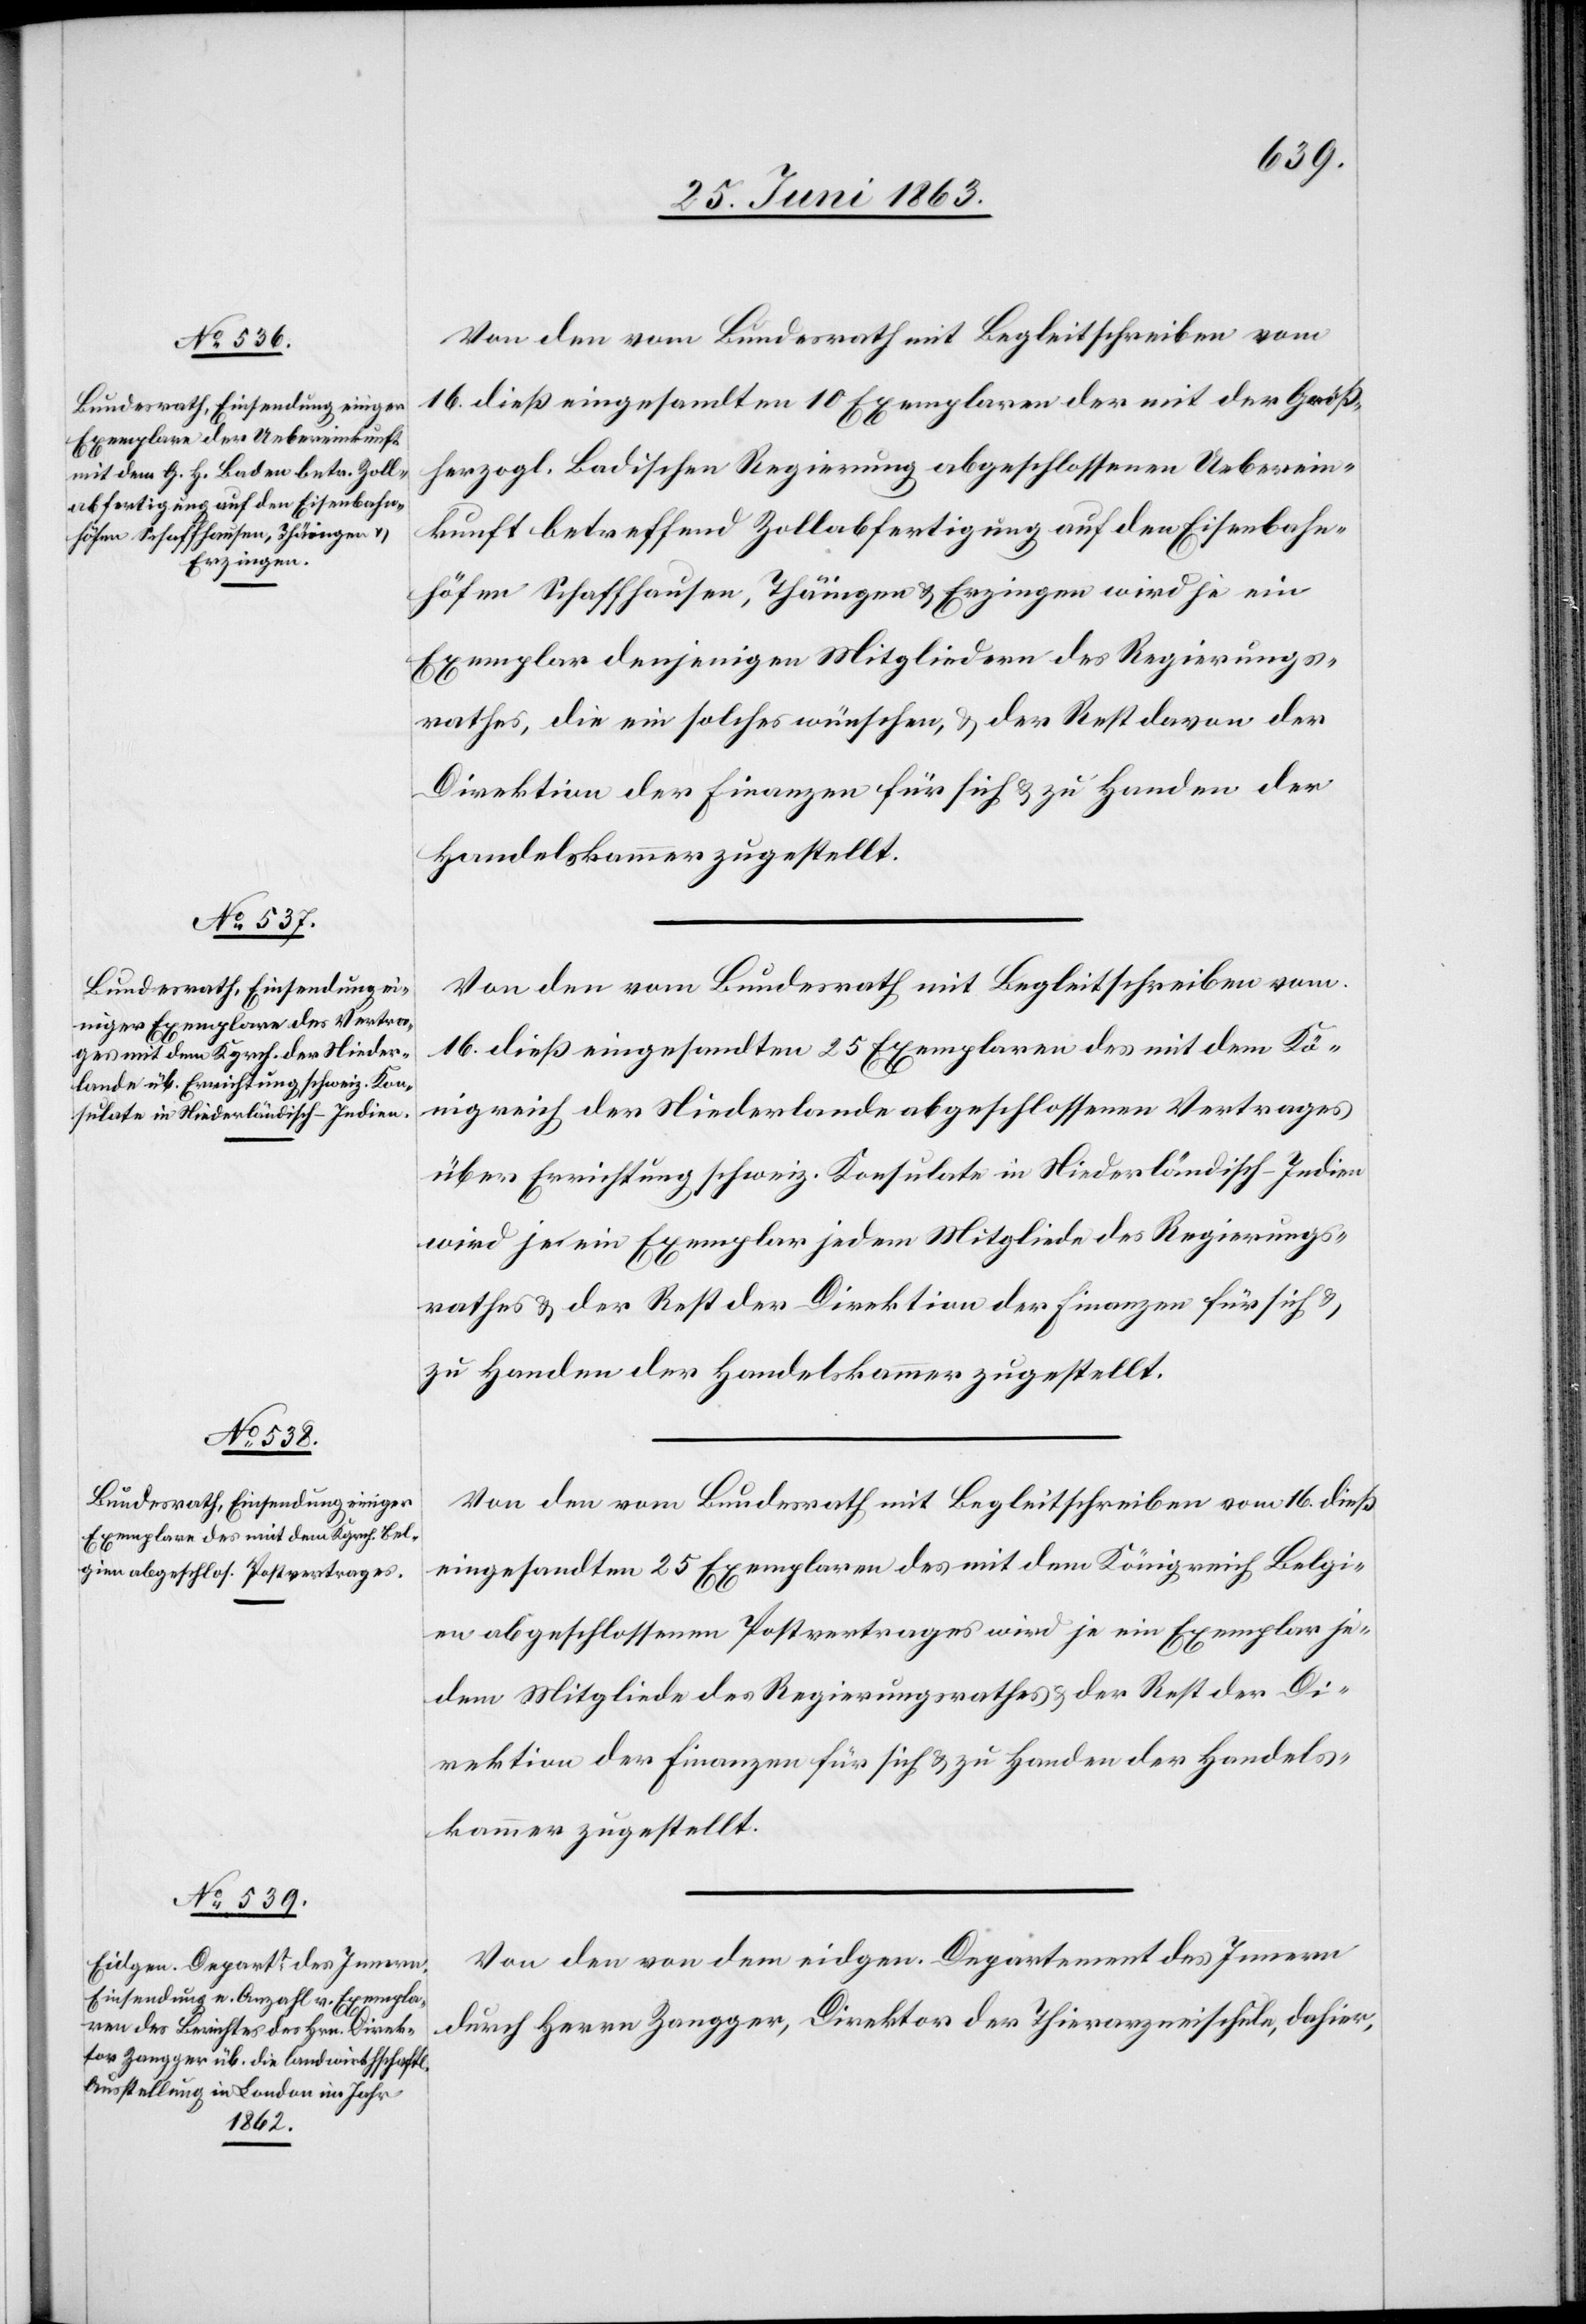
Von den vom Bundesrath mit Begleitschreiben vom
16. dieß eingesandten 10 Exemplaren der mit der Groß¬
herzogl. Badischen Regierung abgeschlossenen Ueberein¬
kunft betreffend Zollabfertigung auf den Eisenbahn¬
höfen Schaffhausen, Thäingen & Erzingen wird je ein
Exemplar denjenigen Mitgliedern des Regierungs¬
rathes, die ein solches wünschen, & der Rest davon der
Direktion der Finanzen für sich & zu Handen der
Handelskammer zugestellt.
Von den vom Bundesrath mit Begleitschreiben vom
16. dieß eingesandten 25 Exemplaren des mit dem Kö¬
nigreich der Niederlande abgeschlossenen Vertrages
über Errichtung schweiz. Konsulate in Niederländisch-Indien
wird je ein Exemplar jedem Mitgliede des Regierungs¬
rathes & der Rest der Direktion der Finanzen für sich &
zu Handen der Handelskammer zugestellt.
Von den vom Bundesrath mit Begleitschreiben vom 16. dieß
eingesandten 25 Exemplaren des mit dem Königreich Belgi¬
en abgeschlossenen Postvertrages wird je ein Exemplar je¬
dem Mitgliede des Regierungsrathes & der Rest der Di¬
rektion der Finanzen für sich & zu Handen der Handels¬
kammer zugestellt.
Von den von dem eidgen. Departement des Innern
durch Herrn Zangger, Direktor der Thierarzneischule, dahier,